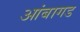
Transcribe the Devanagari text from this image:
आंबागड